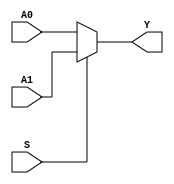
module MUX2X5(A0, A1, S, Y);
	input [4:0] A0;
	input [4:0] A1;
	input S;
	output [4:0] Y;
	assign Y = S? A1 : A0;
	 
endmodule